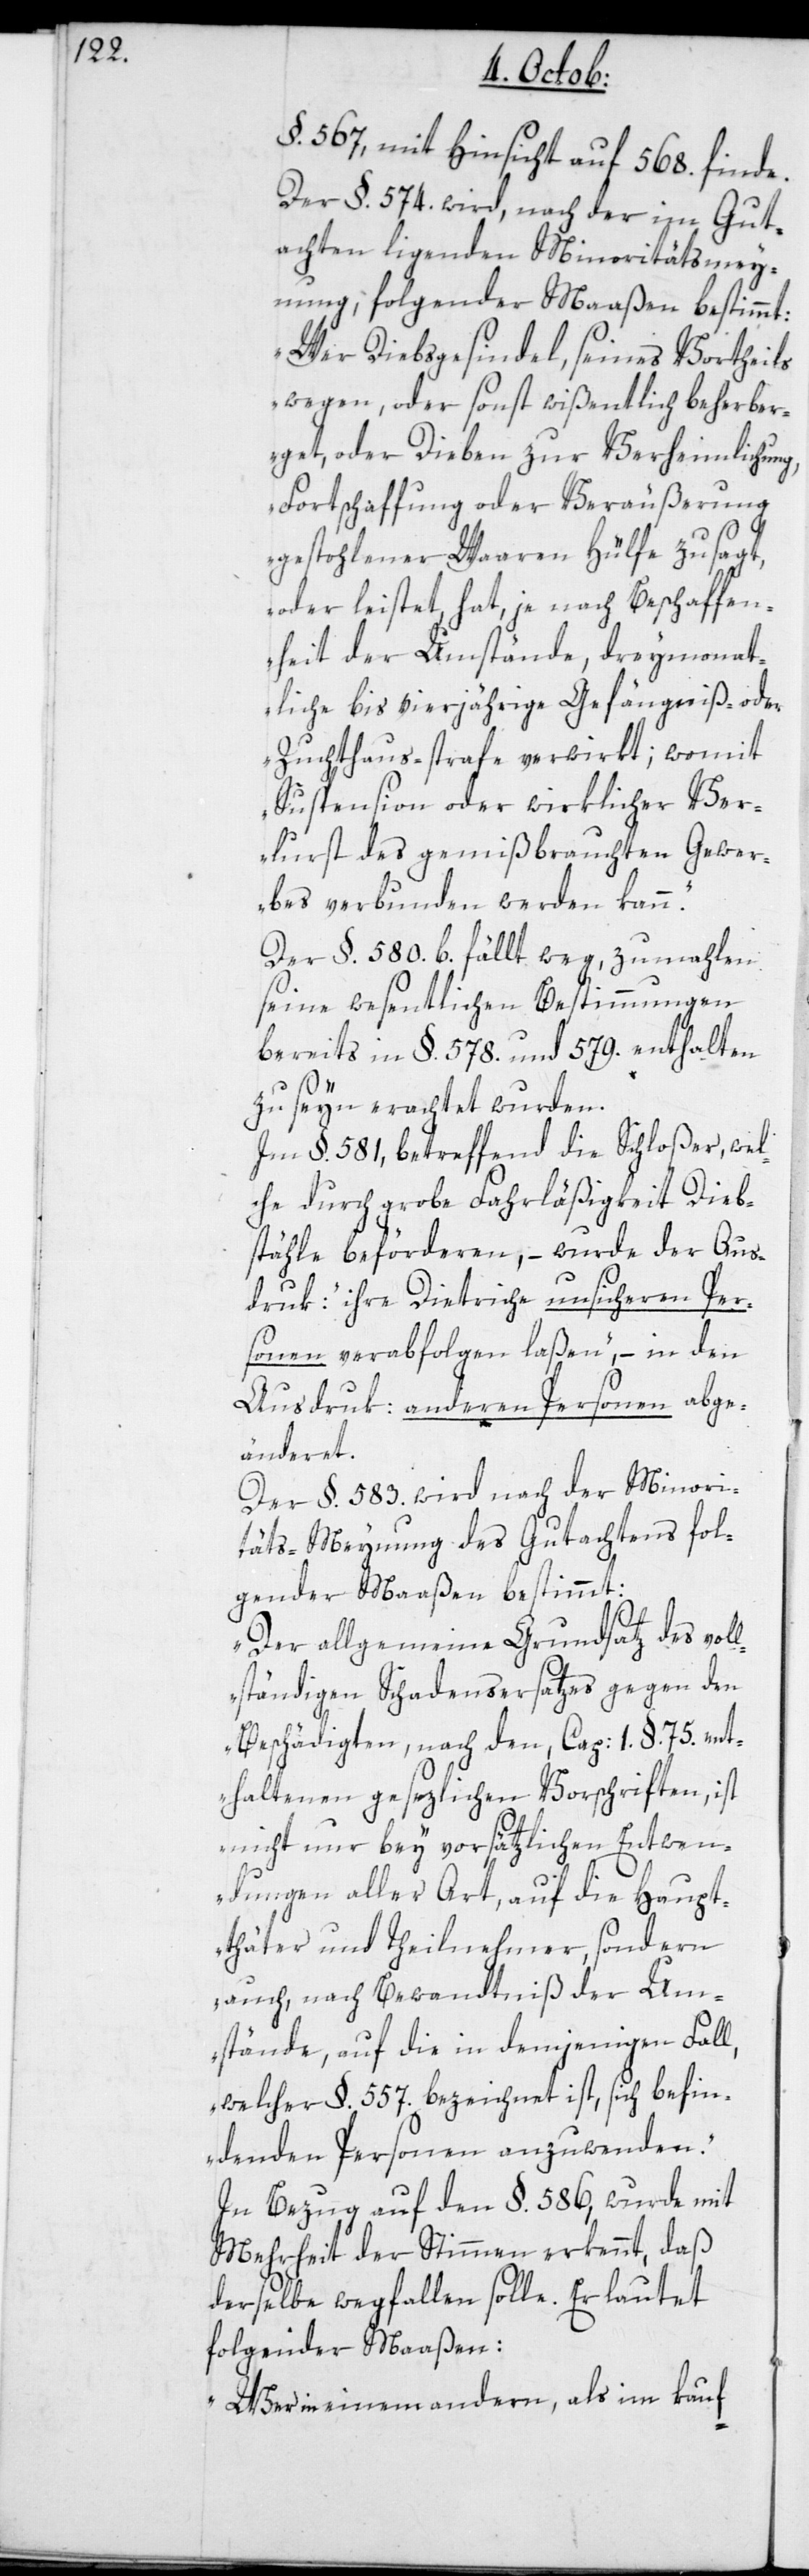
§. 567, mit Hinsicht auf 568. finde.
Der §. 574. wird, nach der im Gut¬
achten ligenden Minoritätsmey¬
nung, folgender Maaßen bestimmt:
„Wer Diebsgesindel, seines Vortheils
wegen, oder sonst wißentlich beherber¬
get oder Dieben zur Verheimlichung,
Fortschaffung oder Veräußerung
gestohlener Waaren Hülfe zusagt,
oder leistet, hat je nach Beschaffen¬
heit der Umstände, dreymonat¬
liche bis vierjährige Gefängniß- oder
Zuchthaus-strafe verwirkt; womit
Sustension oder wirklicher Ver¬
lust des gemißbrauchten Gewer¬
bes verbunden werden kann“.
Der §. 580. b fällt weg, zumahlen
seine wesentlichen Bestimmungen
bereits in §. 578. und 579. enthalten
zu seyn erachtet wurden.
Im §. 581, betreffend die Schloßer, wel¬
che durch grobe Fahrläßigkeit Dieb¬
stähle beförderen, – wurde der Aus¬
druk: „ihre Dietriche unsicheren Per¬
sonen verabfolgen laßen“, – in den
Ausdruk: anderen Personen abge¬
änderet.
Der §. 583. wird nach der Minori¬
täts-Meynung des Gutachtens fol¬
gender Maßen bestimmt:
„Der allgemeine Grundsatz des vol¬
lständigen Schadensersatzes gegen den
Beschädigten, nach den, Cap: 1. §. 75. ent¬
haltenen gesezlichen Vorschriften, ist
nicht nur bey vorsätzlichen Entwen¬
dungen aller Art, auf die Haupt¬
thäter und Theilnehmer, sondern
auch, nach Bewandtnis der Um¬
stände, auf die in demjenigen Fall,
welcher §. 557. bezeichnet ist, sich befin¬
denden Personen anzuwenden“.
In Bezug auf den §. 586, wurde mit
Mehrheit der Stimmen erkennt, daß
derselbe wegfallen solle. Er lautet
folgender Maaßen:
„Wer in einem andern, als im kauf-